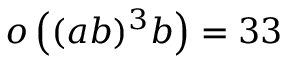
o \left( ( a b ) ^ { 3 } b \right) = 3 3